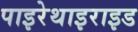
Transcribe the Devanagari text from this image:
पाइरेथाइराइड